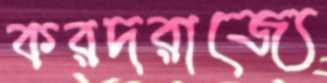
করদরাজ্যে